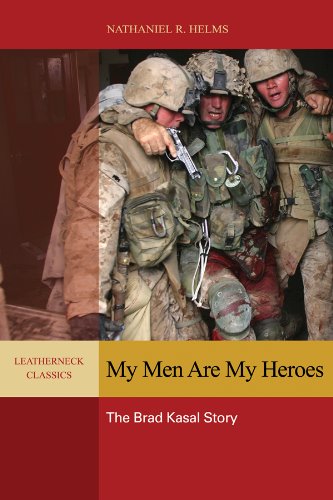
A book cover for My Men Are My Heroes: The Brad Kasal Story (Leatherneck Classics); Nathaniel R. Helms; History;